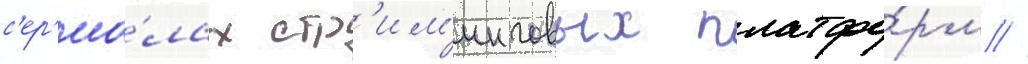
с'ер'иа́лах стр'им'инговых платфо́рм //